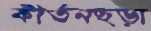
কীর্তনছড়া